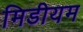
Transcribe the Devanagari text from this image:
मिडीयम